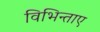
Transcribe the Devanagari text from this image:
विभिन्ताए